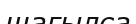
шағылса